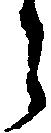
う